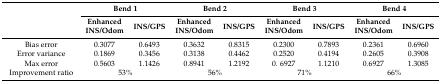
<table><thead><tr><td rowspan="2"></td><td colspan="2"><b>Bend 1</b></td><td colspan="2"><b>Bend 2</b></td><td colspan="2"><b>Bend 3</b></td><td colspan="2"><b>Bend 4</b></td></tr><tr><td><b>Enhanced INS/Odom</b></td><td><b>INS/GPS</b></td><td><b>Enhanced INS/Odom</b></td><td><b>INS/GPS</b></td><td><b>Enhanced INS/Odom</b></td><td><b>INS/GPS</b></td><td><b>Enhanced INS/Odom</b></td><td><b>INS/GPS</b></td></tr></thead><tbody><tr><td>Bias error</td><td>0.3077</td><td>0.6493</td><td>0.3632</td><td>0.8315</td><td>0.2300</td><td>0.7893</td><td>0.2361</td><td>0.6960</td></tr><tr><td>Error variance</td><td>0.1869</td><td>0.3456</td><td>0.3138</td><td>0.4462</td><td>0.2520</td><td>0.4194</td><td>0.2605</td><td>0.3908</td></tr><tr><td>Max error</td><td>0.5603</td><td>1.1426</td><td>0.8941</td><td>1.2192</td><td>0. 6927</td><td>1.1210</td><td>0.6927</td><td>1.3085</td></tr><tr><td>Improvement ratio</td><td colspan="2">53%</td><td colspan="2">56%</td><td colspan="2">71%</td><td colspan="2">66%</td></tr></tbody></table>